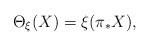
\begin{align*}\Theta_{\xi}(X) = \xi(\pi_{*} X), \end{align*}